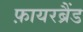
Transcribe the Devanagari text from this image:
फ़ायरब्रैंड